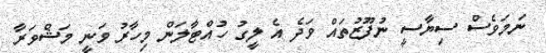
ނަމަވެސް ސިޔާސީ ނުފޫޒުތައް ވަދެ އެ ލީގު ހުއްޓާލަން މިހާރު ވަނީ މަޝްވަރާ